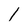
Character: l